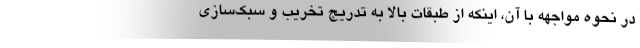
در نحوه مواجهه با آن، اینکه از طبقات بالا به تدریج تخریب و سبک‌سازی